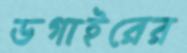
ডগাইরের